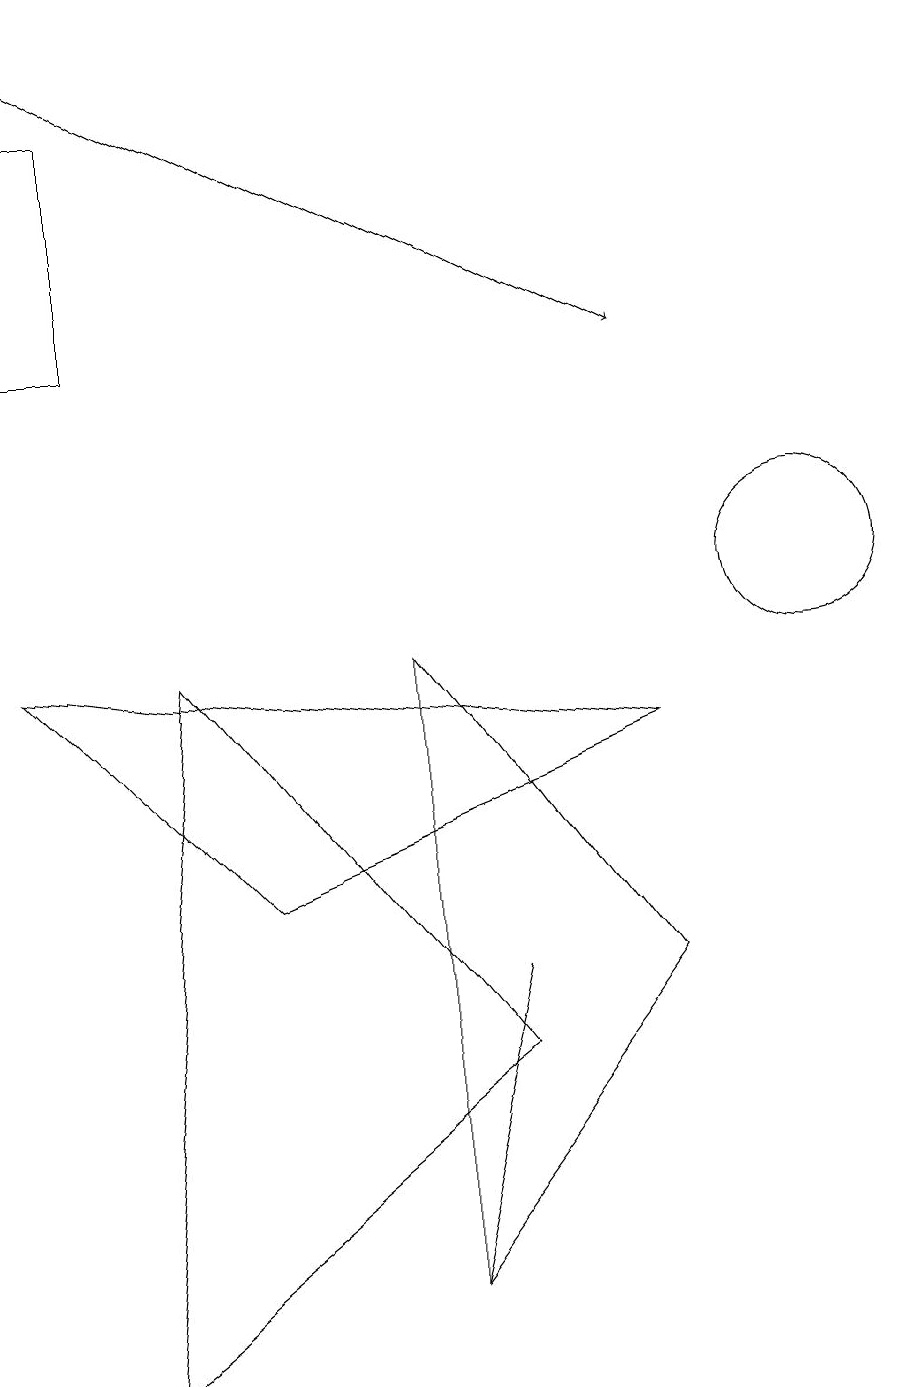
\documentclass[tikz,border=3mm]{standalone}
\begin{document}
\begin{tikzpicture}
\draw (6,5) -- (6,5) -- (5,1) -- cycle;
\draw (10,10) circle (1);
\draw (2,9) -- (6,4) -- (1,0) -- cycle;
\draw (3,6) -- (0,9) -- (8,8) -- cycle;
\draw (0,13) rectangle (1,16);
\draw[->] (0,17) -- (8,13);
\draw (8,5) -- (5,1) -- (5,9) -- cycle;
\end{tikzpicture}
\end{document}